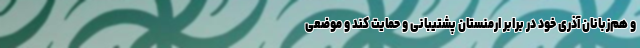
و هم‌زبانان آذری خود در برابر ارمنستان پشتیبانی و حمایت کند و موضعی